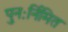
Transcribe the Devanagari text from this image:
पुनःर्निमित